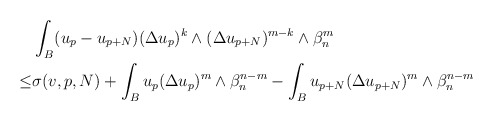
\begin{align*} \begin{aligned} &\int_{B}(u_p-u_{p+N})(\Delta u_p)^k\wedge(\Delta u_{p+N})^{m-k}\wedge\beta_n^m \\\leq & \sigma(v,p, N)+\int_B u_p(\Delta u_p)^m\wedge\beta_n^{n-m}-\int_B u_{p+N}(\Delta u_{p+N})^m\wedge\beta_n^{n-m}\end{aligned} \end{align*}